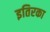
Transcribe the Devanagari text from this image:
इतिरका